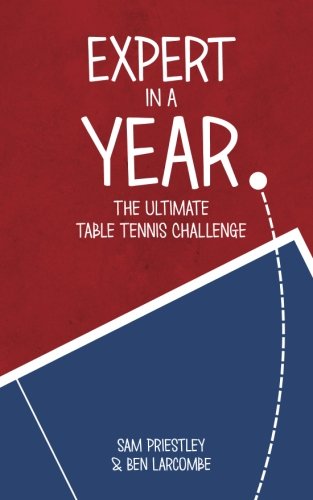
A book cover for Expert In A Year: The Ultimate Table Tennis Challenge; Sam Priestley; Sports & Outdoors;